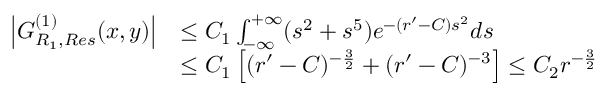
\begin{array} { r l } { \left| G _ { R _ { 1 } , R e s } ^ { ( 1 ) } ( x , y ) \right| } & { \leq C _ { 1 } \int _ { - \infty } ^ { + \infty } ( s ^ { 2 } + s ^ { 5 } ) e ^ { - ( r ^ { \prime } - C ) s ^ { 2 } } d s } \\ & { \leq C _ { 1 } \left[ ( r ^ { \prime } - C ) ^ { - \frac { 3 } { 2 } } + ( r ^ { \prime } - C ) ^ { - 3 } \right] \leq C _ { 2 } r ^ { - \frac { 3 } { 2 } } } \end{array}